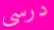
درسي